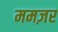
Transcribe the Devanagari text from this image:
ममज़र